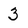
Character: 3